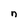
Character: n